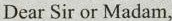
Dear Sir or Madam，